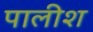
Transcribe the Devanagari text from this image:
पालीश